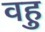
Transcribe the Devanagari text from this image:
वहु